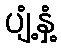
ပျံ့နှံ့